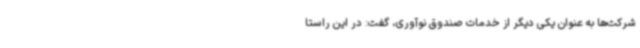
شرکت‌ها به عنوان یکی دیگر از خدمات صندوق نوآوری، گفت: در این راستا